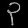
Digit: ၃